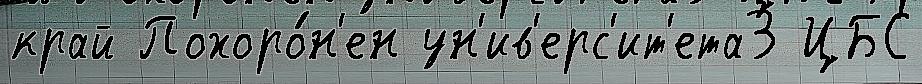
край Похоро́н'ен ун'ив'ерс'ит'ета3 ЦБС